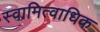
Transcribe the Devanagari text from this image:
स्वामित्वाधिक